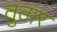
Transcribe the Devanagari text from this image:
तुतार